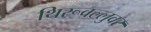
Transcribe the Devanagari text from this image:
थिरूवल्लुवर